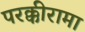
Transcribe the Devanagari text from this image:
परक्कीरामा